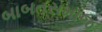
બાબતસમાજ